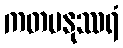
ကတမနုဿရံ